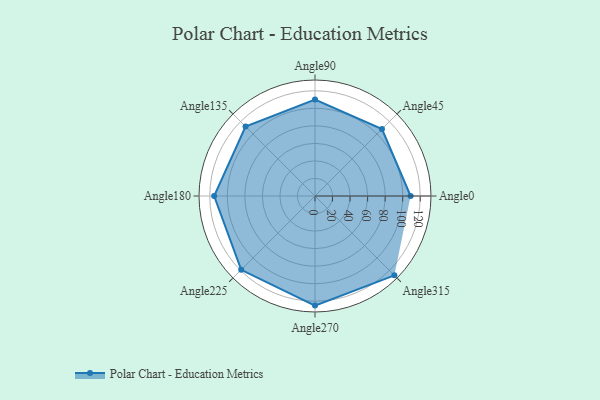
{"axis": {"x": "Angle", "y": "Radius"}, "legend": [""], "data": [{"x": "Angle0", "y": 109.0, "type": ""}, {"x": "Angle45", "y": 108.0, "type": ""}, {"x": "Angle90", "y": 110.0, "type": ""}, {"x": "Angle135", "y": 112.0, "type": ""}, {"x": "Angle180", "y": 115.0, "type": ""}, {"x": "Angle225", "y": 119.0, "type": ""}, {"x": "Angle270", "y": 125.0, "type": ""}, {"x": "Angle315", "y": 128.0, "type": ""}]}